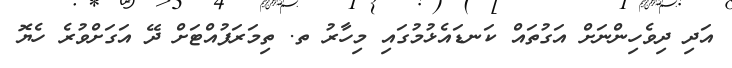
އަދި ދިވެހިންނަށް އަގުތައް ކަނޑައެޅުމުގައި މިހާރު ތ. ތިމަރަފުއްޓަށް ދޭ އަގަށްވުރެ ހެޔޮ